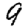
Digit: 9